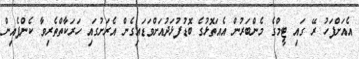
އެއަށްފަހު ރޭ ގައި ޓީމްގެ މެންބަރުން އެއަތޮޅުގެ ބޮޑުފުޅަދުއަށްވަޑައިގެން އެރަށުގައި ހަރަކާތްތެރިވާ ކެންޕެއިން